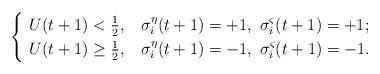
LaTeX: \begin{align*}\begin{cases} \ U(t+1) <\frac{1}{2}, & \sigma^{\eta}_{i}(t+1)=+1,\ \sigma^{\varsigma}_{i}(t+1)=+1;\\ \ U(t+1) \geq \frac{1}{2}, & \sigma^{\eta}_{i}(t+1)=-1,\ \sigma^{\varsigma}_{i}(t+1)=-1.\end{cases}\end{align*}